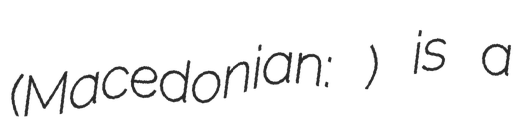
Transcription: (Macedonian: Чардаклија) is a